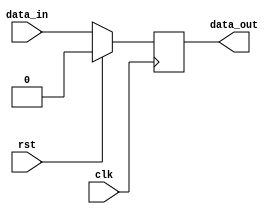
module reg_bit(
input clk,
input rst,
input data_in,
output reg data_out
    );
    
 always@(posedge clk)begin
     if (rst) begin
        data_out <= 1'b0;
     end else begin
        data_out <= data_in;
     end
 end
endmodule